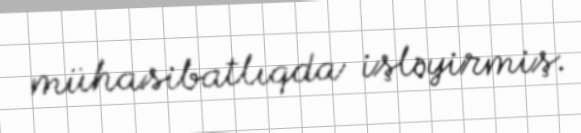
mühasibatlıqda işləyirmiş.